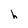
Character: h